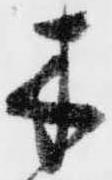
木